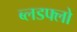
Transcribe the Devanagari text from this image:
ब्लडफ्लो